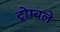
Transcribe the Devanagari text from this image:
ट्रोम्बले